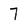
Character: 7